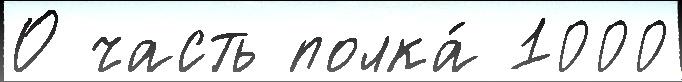
О часть полка́ 1000